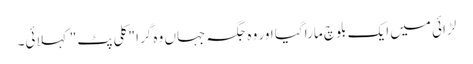
لڑائی میں ایک بلوچ مارا گیا اور وہ جگہ جہاں وہ گرا "کلی پٹ" کہلائی۔